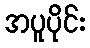
အပူပိုင်း